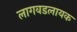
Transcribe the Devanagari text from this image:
लागवडलायक